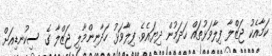
ކަމާއެކު ޖަޒްލާ ފިލާވަޅުތައް ހަދަމުން ދިޔައެވެ. ފިލާވަޅު ހަދާނިންމާލި ޖަޒްލާ ގެ ސިކުނޑިއަށް